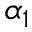
\alpha _ { 1 }